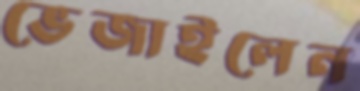
ভেজাইলেন